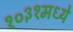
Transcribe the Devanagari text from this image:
१०३१मध्ये